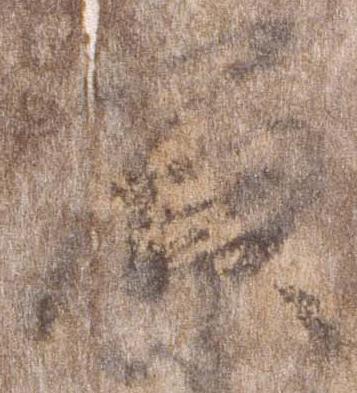
原